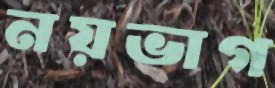
নয়ভাগ